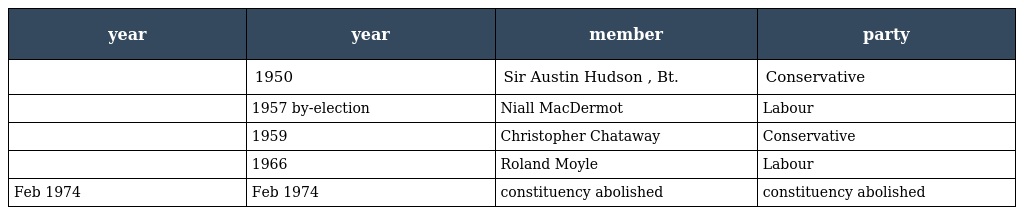
| year | year | member | party |
 | --- | --- | --- | --- |
 |  | 1950 | Sir Austin Hudson , Bt. | Conservative |
 |  | 1957 by-election | Niall MacDermot | Labour |
 |  | 1959 | Christopher Chataway | Conservative |
 |  | 1966 | Roland Moyle | Labour |
 | Feb 1974 | Feb 1974 | constituency abolished | constituency abolished |